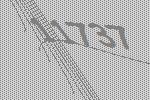
11737